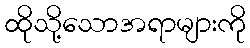
ထိုသို့သောအရာများကို